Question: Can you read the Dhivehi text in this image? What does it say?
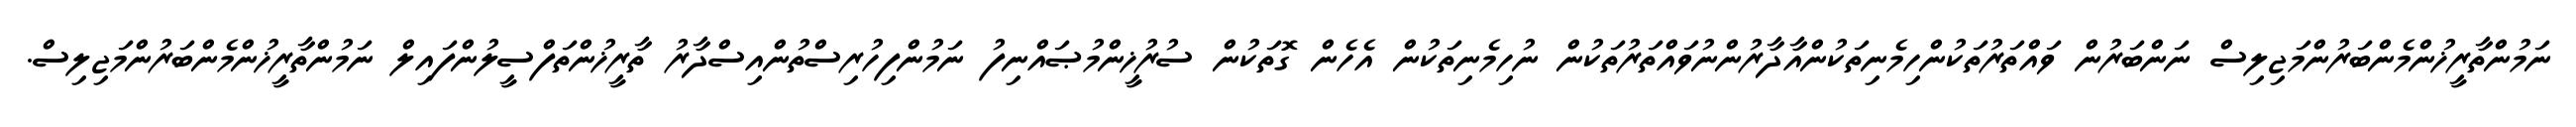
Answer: ނަމުންތާރީޚުންމެންބަރުންމަޖިލިސް ނަންބަރުން ވައްތަރުތަކުންހިމެނިތަކުންއާދާރުންނުވައްތަރުތަކުން ނުހިމެނިތަކުން އެހެން ގޮތަކުން ސުރުޚީންމުޞައްނިފު ނަމުންފިހުރިސްތުންއިސްދާރު ތާރީޚުންތަފްސީލުންފައިލް ނަމުންތާރީޚުންމެންބަރުންމަޖިލިސް.